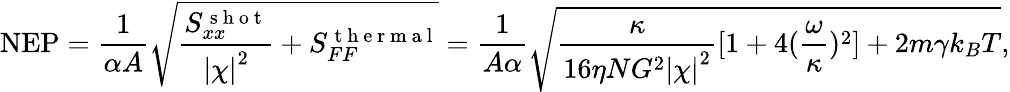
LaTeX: \mathrm{NEP}=\frac{1}{\alpha A}\sqrt{\frac{S_{xx}^{\mathrm{~s~h~o~t~}}}{\left|\chi\right|^{2}}+S_{FF}^{\mathrm{~t~h~e~r~m~a~l~}}}=\frac{1}{A\alpha}\sqrt{\frac{\kappa}{16\eta NG^{2}{|\chi|}^{2}}[1+4(\frac{\omega}{\kappa})^{2}]+2m\gamma k_{B}T},